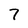
Character: 7